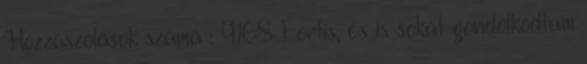
Hozzászólások száma : 9168 Fortis, és is sokat gondolkodtam